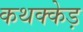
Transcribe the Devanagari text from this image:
कथक्केड़